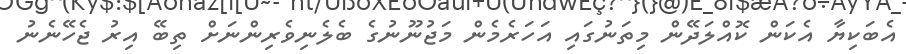
އެބަކިޔާ އެކަން ކޮއްލަދޭން މިތަނުގައި އަހަރެމެން މަޖުނޫނުގެ ބެލެނިވެރިންނަށް ތިބޭ އިރު ޖެހޭނެނު